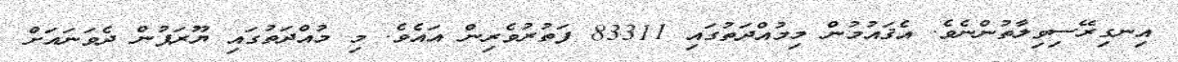
އިނގިރޭސިވިލާތުންނެވެ. އެޤައުމުން މިމުއްދަތުގައި 83311 ފަތުރުވެރިން އައެވެ. މި މުއްދަތުގައި ޔޫރަޕުން ދެވަނައަށް